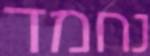
נחמד